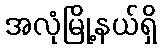
အလုံမြို့နယ်ရှိ